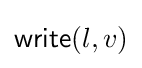
{\mathsf {write}}(l,v)